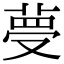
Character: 𦴋